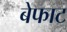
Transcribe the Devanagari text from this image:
बेफाट